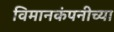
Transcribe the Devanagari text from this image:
विमानकंपनीच्या